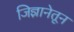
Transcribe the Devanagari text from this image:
जिज्ञानेतून